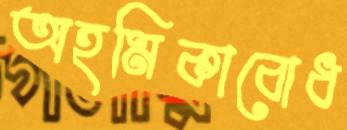
অহমিকাবোধ